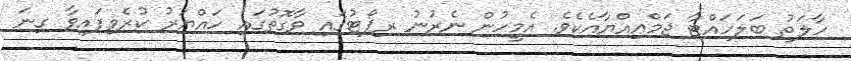
ހާލަތު ބަލަހައްޓާ ޖަމްޢިއްޔާއެކެވެ. އެމީހުން ނެރުނު ރިޕޯޓުގައި ވާގޮތުގައި ހައްޔަރު ކުރެވިފައިވާ ގިނަ